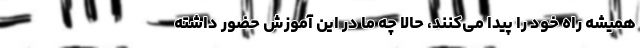
همیشه راه خود را پیدا می‌کنند، حالا چه ما در این آموزش حضور داشته